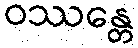
ဝဿန္တေ